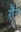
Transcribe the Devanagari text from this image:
रौंग